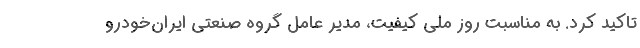
تاکید کرد. به مناسبت روز ملی کیفیت، مدیر عامل گروه صنعتی ایران‌خودرو